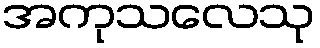
အကုသလေသု